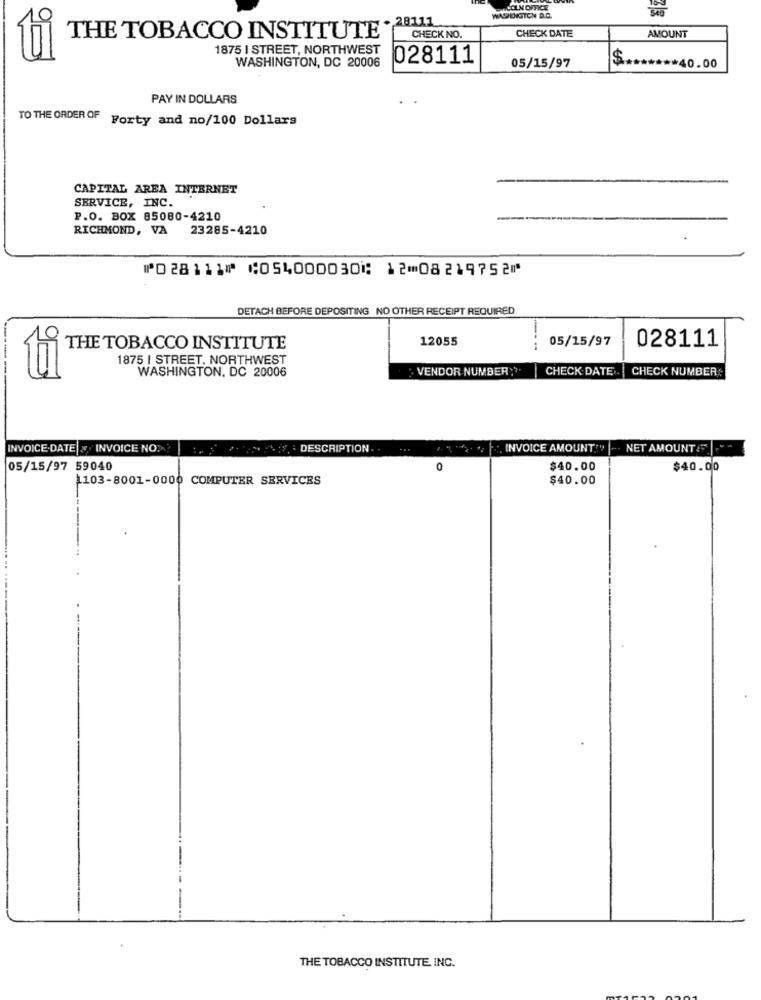
COLN OFFICE
28111
NACHENSTEN D.O.
CHECK DATE
AMOUNT
THE TOBACCO INSTITUTE
CHECK NO.
1875 I STREET, NORTHWEST
WASHINGTON, DC 20006
028111
$.
05/15/97
*** 40.00
PAY IN DOLLARS
TO THE ORDER OF
Forty and no/100 Dollars
CAPITAL AREA INTERNET
SERVICE, INC.
P.O. BOX 85080-4210
RICHMOND, VA
23285-4210
⑈028111⑈ ⑆054000030⑆ 12⑉08219752⑈
DETACH BEFORE DEPOSITING NO OTHER RECEIPT REQUIRED
12055
05/15/97
028111
THE TOBACCO INSTITUTE
1875 | STREET. NORTHWEST
WASHINGTON, DC 20006
: VENDOR NUMBER:"
CHECK DATE ..
CHECK NUMBER:
INVOICE DATE & INVOICE NO .?
% ***** INVOICE AMOUNT!"
NET AMOUNT &F
..
05/15/97 59040
0
$40.00
$40.00
1103-8001-0000 COMPUTER SERVICES
$40.00
THE TOBACCO INSTITUTE, INC.